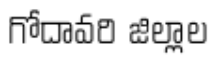
గోదావరి జిల్లాల